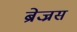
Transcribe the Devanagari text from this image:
ब्रेज्रस